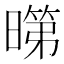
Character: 𭧞